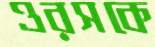
ওরসকে